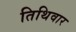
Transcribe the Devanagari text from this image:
तिथिवार